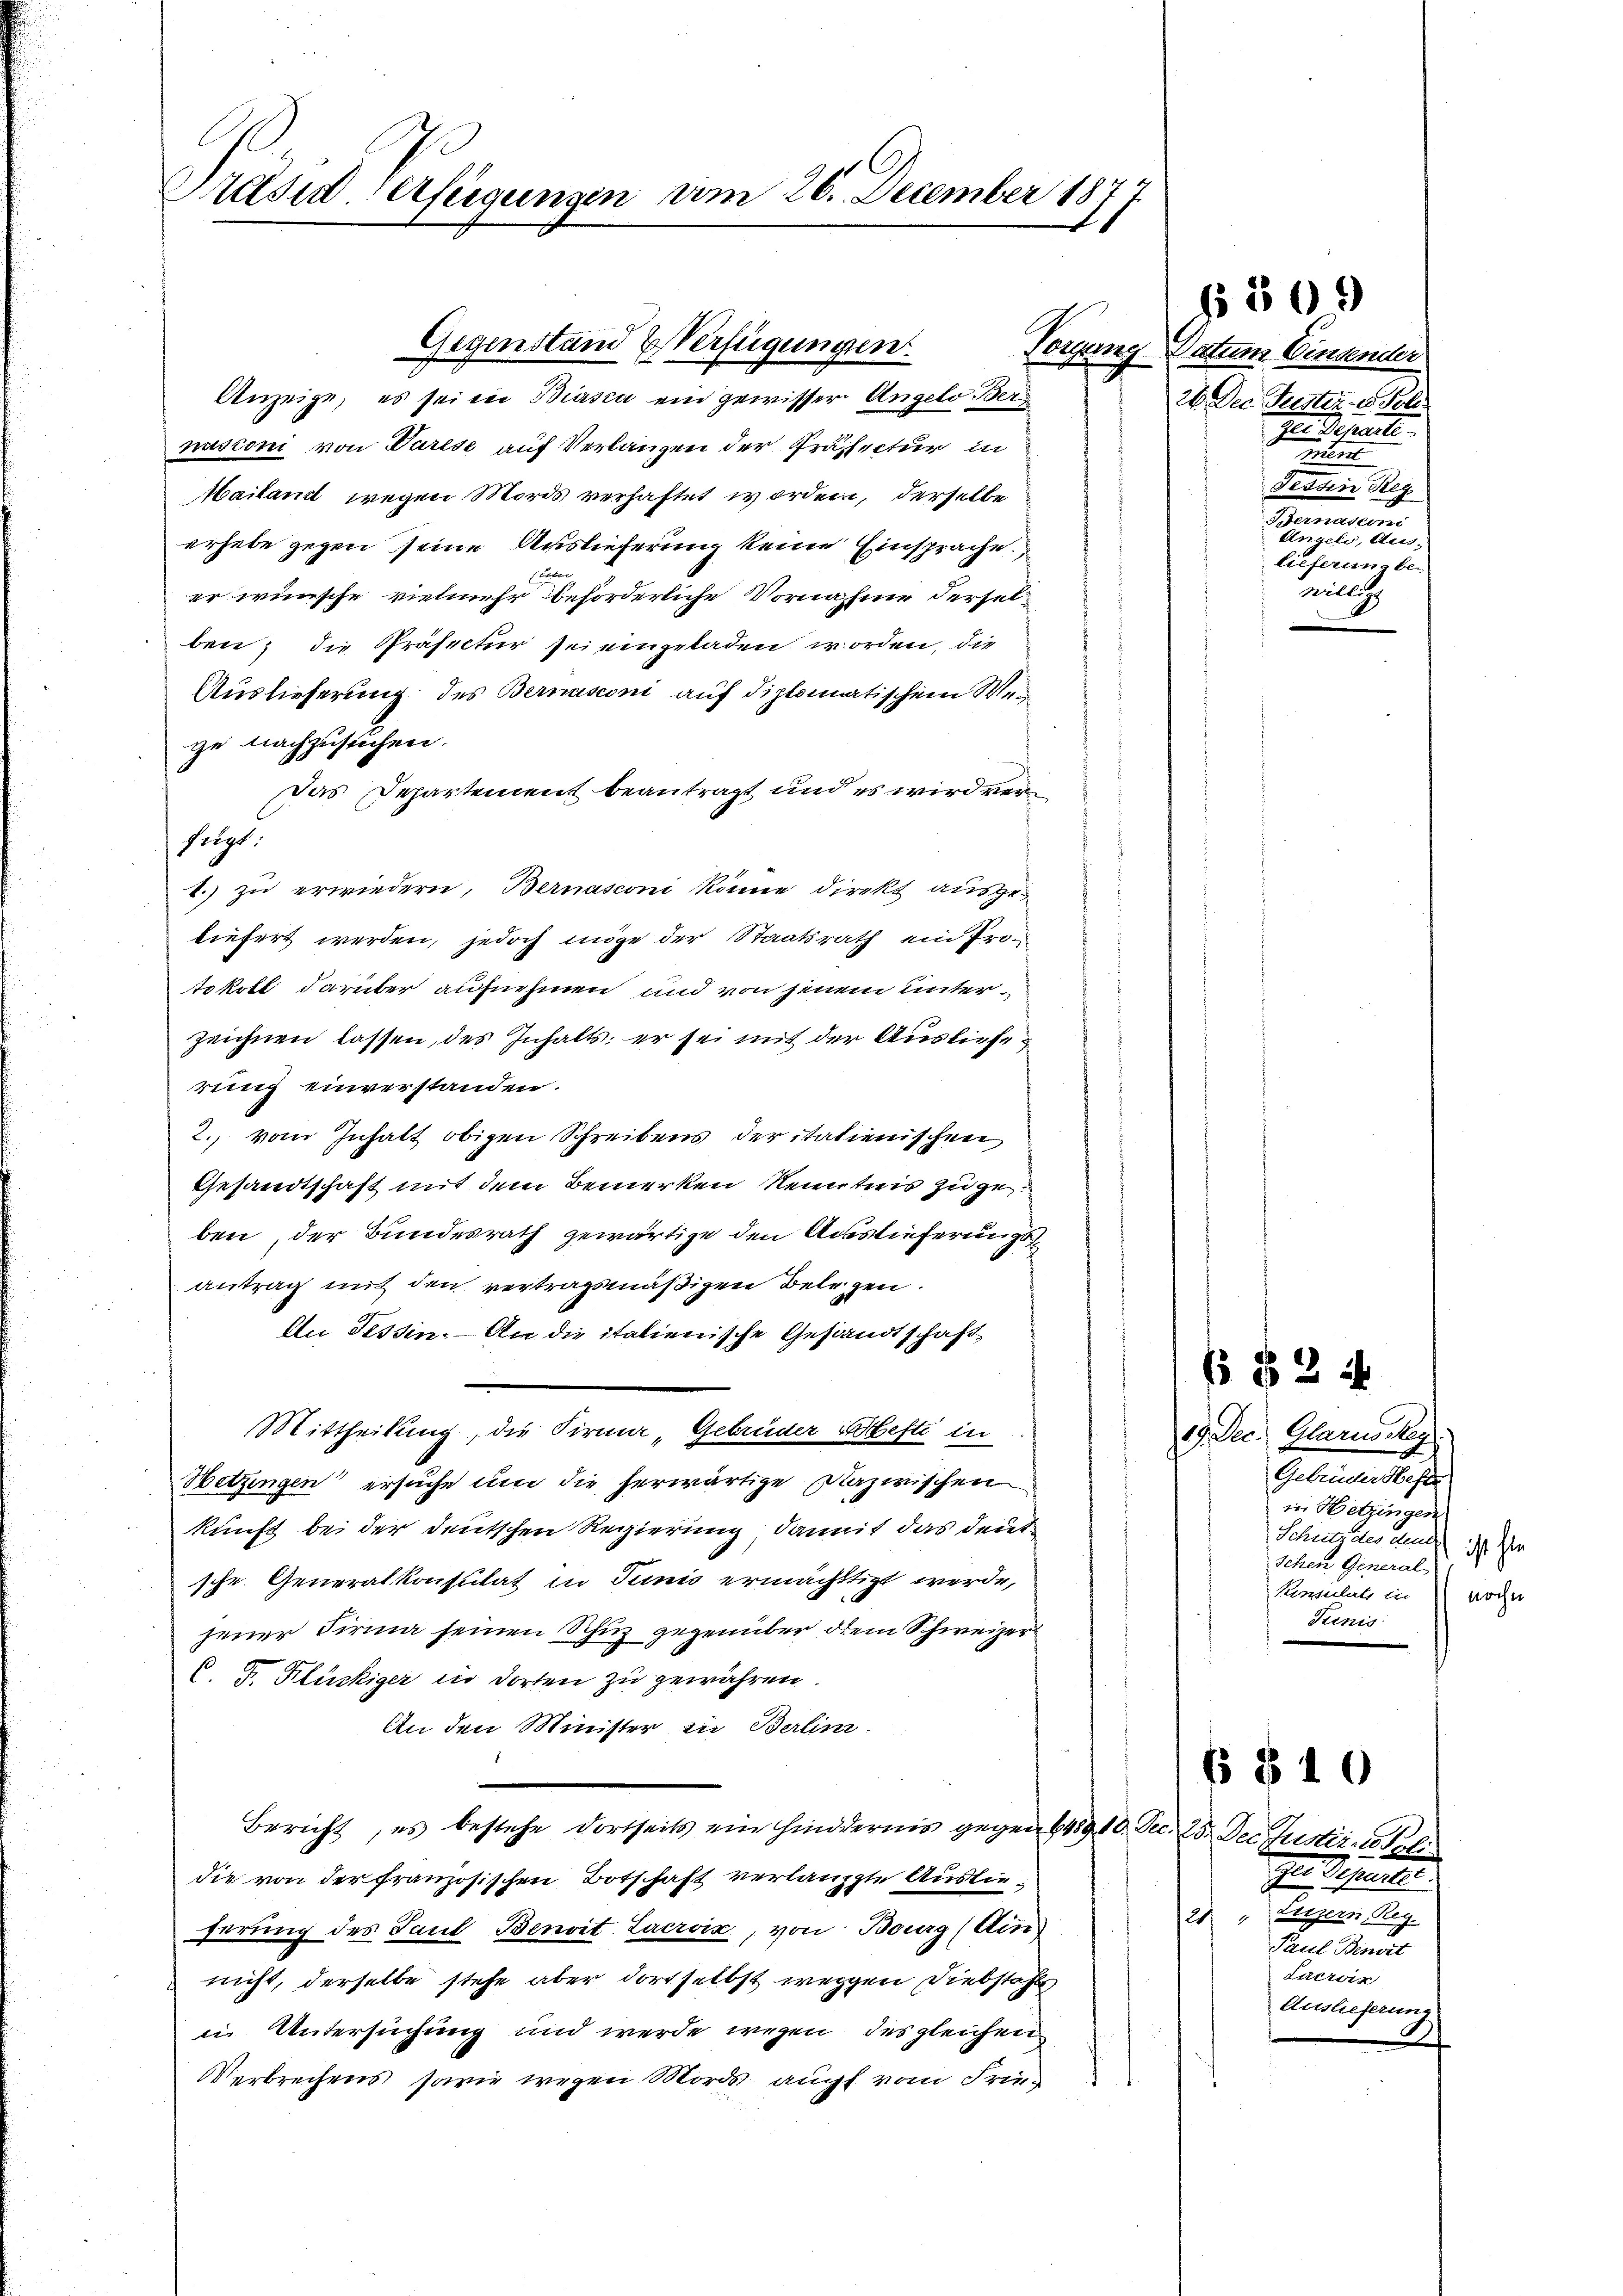
Präsiderfügungen am 26. December 1877

Gegenstand Verfügungen

Anzeige, es sei in Biasca ein gewisser Angelo Bernusconi von Varese auf Verlangen der Präfectur in
Mailand wegen Mords verhaftet worden, derselbe
erhebe gegen seine Auslieferung keine Einsprache.
er wünsche, vielmehr beförderliche Vornahme derselben; die Präsectur sei eingeladen worden, die
Auslieferung des Bernasconi auf diplomatischem Weis
ge nachzusuchen.
Das Departement beantragt und es wird versetzt.
t.) zu erwiedern, Bernasconi könne direkt ausgeliefert werden, jedoch möge der Staatsrath ein Protokoll darüber aufnehmen und von jenem unterzeichnen lassen, des Inhalts; er sei mit der Auslieferung einverstanden.
2. vom Inhalt obigen Schreibens der italienischen
Gesandtschaft mit dem Bemerken Kenntnis zugeben, der Bundesrath gewärtige den Ausstieferungs
antrag mit den vertragsmäßigen Belegen.
An Tessin. An die italienische Gesandtschaft,
Mittheilung, die Firma „Gebrüder Hefte in
Wetzingen ersuche um die herwärtige Dazwischen
kunft bei der deutschen Regierung, damit das deutsche Generalkonsulat in Junis ermächtigt werde,
jener Firma seinen Schuz gegenüber dem Schweizer¬
C.  Kluskiger in dorten zu gewähren.
An den Minister sie Berlini
Bericht, es bestehe dortseits ein Hindernis gegen 649, 10. Dec. 25. Der Justiz - Poli
die von der französischen Botschaft verlangte Auslieferung des Paul Benoit. Lacroix, von Bourg (Ain
nicht, derselbe stehe aber dortselbst weggen Diebstahls
in Untersuchung und werde wegen des gleichen
Verbrechens, sowie wegen Mörds auchs vom Frie¬

Plegung

Datum Einsender
26. Der Puster u. Pol
ze Departe
r
Tessin Reg
Sommen un
denen gegen den
lieferung bewillig

§ 309

6 § 24
19. Dec. Glarusckg
Gebrüder Hefer
in Wetzingen
Schutz des Land ist n
schen General
Renitate in noche
Trinis

§ § 10
Ferdiente
20, Luzern, Reg.
Paul Pensie
Lacroix
Auslieferung